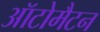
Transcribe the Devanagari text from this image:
ऑटोमैटन